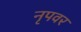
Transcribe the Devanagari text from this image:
नृपवर